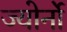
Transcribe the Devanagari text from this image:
ज्योर्नो